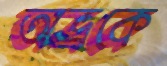
অভ্রকে